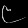
Digit: ၉